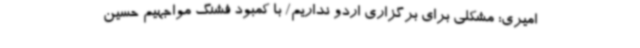
امیری: مشکلی برای برگزاری اردو نداریم/ با کمبود فشنگ مواجهیم حسین